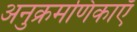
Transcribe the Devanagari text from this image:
अनुक्रमणिकाएँ